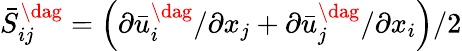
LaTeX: \bar{S}_{ij}^{\dag}=\left({\partial\bar{u}_{i}^{\dag}/\partial{x_{j}}+\partial\bar{u}_{j}^{\dag}/\partial{x_{i}}}\right)/2